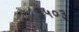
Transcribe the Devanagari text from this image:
३५०३